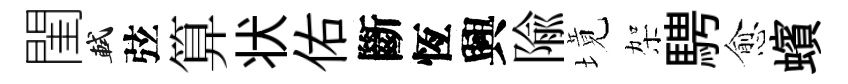
閨軾弦算状佑斷恆興隃境架騁愈蠙